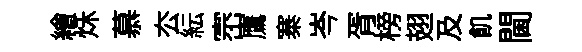
繪秌慕厺紜崈鷹寨岑胥榜翅及飢閫